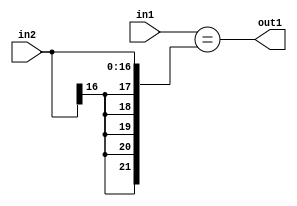
`timescale 1ps / 1ps
/*****************************************************************************
    Verilog RTL Description
    
    
    Created by: Stratus DpOpt 2019.1.01 
*******************************************************************************/

module st_weight_addr_gen_Equal_17Sx16U_1U_4_8 (
	in2,
	in1,
	out1
	); /* architecture "behavioural" */ 
input [16:0] in2;
input [15:0] in1;
output  out1;
wire  asc001;

assign asc001 = (in1=={{5{in2[16]}}, in2});

assign out1 = asc001;
endmodule

/* CADENCE  ubPyTg4= : u9/ySgnWtBlWxVPRXgAZ4Og= ** DO NOT EDIT THIS LINE ******/